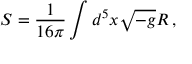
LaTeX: S = \frac { 1 } { 1 6 \pi } \int d ^ { 5 } x \sqrt { - g } R \, ,